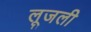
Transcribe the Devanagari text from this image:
लूजली